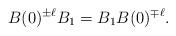
LaTeX: \begin{align*}B(0)^{\pm\ell} B_1 = B_1 B(0)^{\mp\ell}.\end{align*}